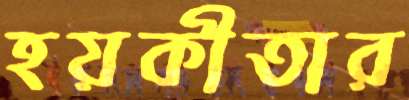
হয়কীতার